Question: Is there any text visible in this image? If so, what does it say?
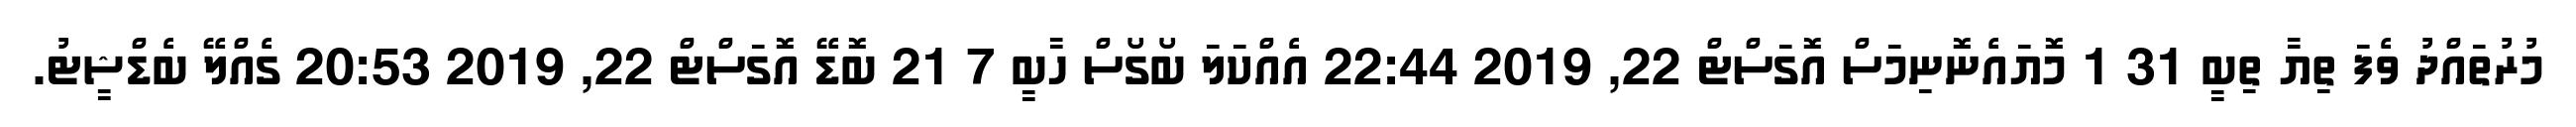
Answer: މުރުތައްދު ވެފަ ތިޔާ ތިބީ 31 1 މޮޔައެނޮނިމަސް އޮގަސްޓް 22, 2019 22:44 އެއްކަލަ ބޯގޯސް ހާބީ 7 21 ބޮޑޭ އޮގަސްޓް 22, 2019 20:53 ގެއްލޭ ބެޑްޝީޓު.